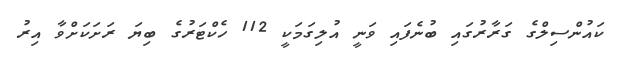
ކައުންސިލްގެ ގަރާރުގައި ބުނެފައި ވަނީ އުލިގަމަކީ 112 ހެކްޓަރުގެ ބިޔަ ރަށަކަށްވާ އިރު